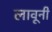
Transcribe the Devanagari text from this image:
लावूनी